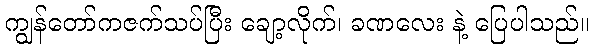
ကျွန်တော်ကဇက်သပ်ပြီး ချော့လိုက်၊ ခဏလေး နဲ့ ပြေပါသည်။